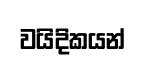
වයිදිකයන්